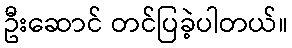
ဦးဆောင် တင်ပြခဲ့ပါတယ်။